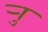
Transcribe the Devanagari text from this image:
र्‍ाु